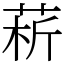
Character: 菥